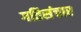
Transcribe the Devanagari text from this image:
गतिसंचार